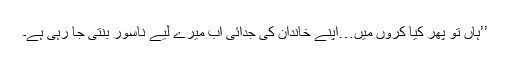
’’ہاں تو پھر کیا کروں میں…اپنے خاندان کی جدائی اب میرے لیے ناسور بنتی جا رہی ہے۔